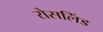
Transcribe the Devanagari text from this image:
रोसलिंड